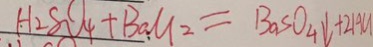
H _ { 2 } S O _ { 4 } + B a C l _ { 2 } = B a S O _ { 4 } \downarrow + 2 H G